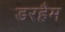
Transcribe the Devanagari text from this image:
डरहैम